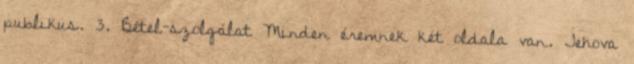
publikus. 3. Bétel-szolgálat Minden éremnek két oldala van. Jehova